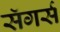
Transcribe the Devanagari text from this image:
सॅगर्स